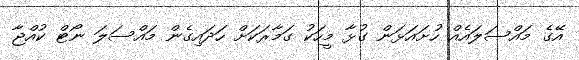
އޭގެ މައްސަލައެއް ހުށައަޅަން ގުޅާ މީހަކު ގަމާރަކަށް ހަދައިގެން މައްސަލަ ނޯޓް ކުއްޖާ